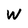
Character: W